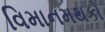
વિમાનમથકો